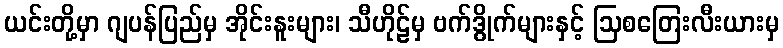
ယင်းတို့မှာ ဂျပန်ပြည်မှ အိုင်းနူးများ၊ သီဟိုဠ်မှ ဗက်ဒွိုက်များနှင့် ဩစတြေးလီးယားမှ